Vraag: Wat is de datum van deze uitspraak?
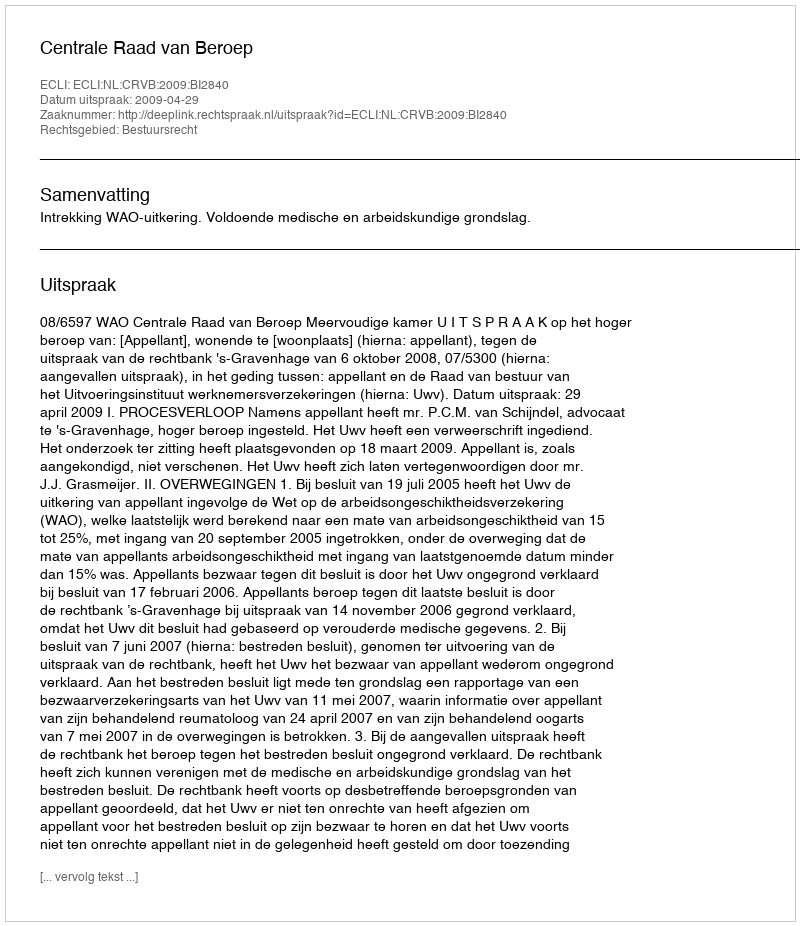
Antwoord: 2009-04-29